Reports on dispensaries and lunatic asylums in the Province of Oudh - 1869-1876
Year: 1869
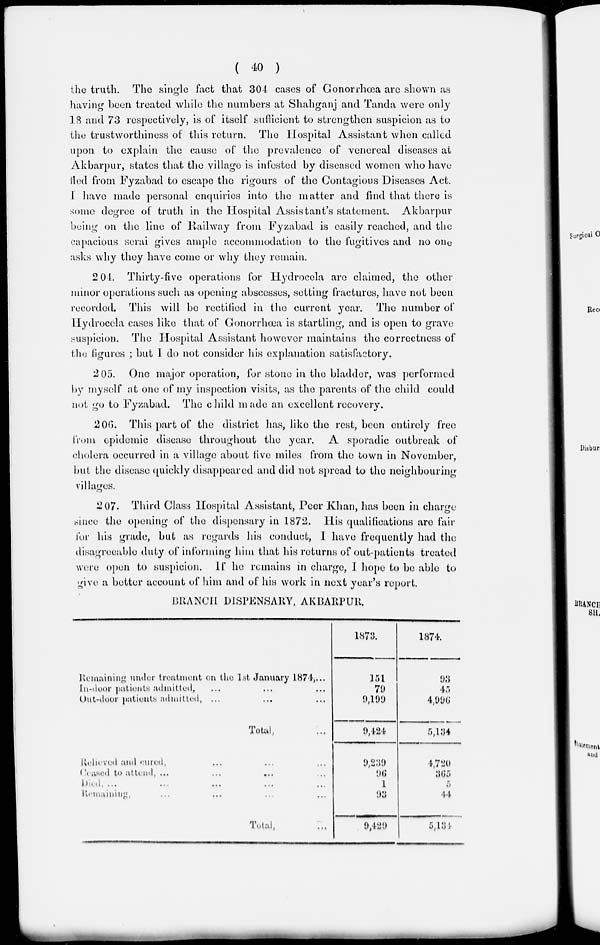
( 40 )
the truth. The single fact that 304 cases of Gonorrhœa are shown as
having been treated while the numbers at Shahganj and Tanda were only
18 and 73 respectively, is of itself sufficient to strengthen suspicion as to
the trustworthiness of this return. The Hospital Assistant when called
upon to explain the cause of the prevalence of venereal diseases at
Akbarpur, states that the village is infested by diseased women who have
fled from Fyzabad to escape the rigours of the Contagious Diseases Act.
I have made personal enquiries into the matter and find that there is
some degree of truth in the Hospital Assistant's statement. Akbarpur
being on the line of Railway from Fyzabad is easily reached, and the
capacious serai gives ample accommodation to the fugitives and no one
asks why they have come or why they remain.
204. Thirty-five operations for Hydrocela are claimed, the other
minor operations such as opening abscesses, setting fractures, have not been
recorded. This will be rectified in the current year. The number of
Hydrocela cases like that of Gonorrhœa is startling, and is open to grave
suspicion. The Hospital Assistant however maintains the correctness of
the figures ; but I do not consider his explanation satisfactory.
205. One major operation, for stone in the bladder, was performed
by myself at one of my inspection visits, as the parents of the child could
not go to Fyzabad. The child made an excellent recovery.
206. This part of the district has, like the rest, been entirely free
from epidemic disease throughout the year. A sporadic outbreak of
cholera occurred in a village about live miles from the town in November,
but the disease quickly disappeared and did not spread to the neighbouring
villages.
207. Third Class Hospital Assistant, Peer Khan, has been in charge
since the opening of the dispensary in 1872. His qualifications are fair
for his grade, but as regards his conduct, I have frequently had the
disagreeable duty of informing him that his returns of out-patients treated
were open to suspicion. If he remains in charge, I hope to be able to
give a better account of him and of his work in next year's report.
BRANCH DISPENSARY, AKBARPUR.
Remaining under treatment on the 1st January 1874,...
In-door patients admitted, ... ... ...
Out-door patients admitted, ... ... ...
Total, ...
Relieved and cured, ... ... ...
Ceased to attend, ... ... ... ...
Died, ... ... ... ... ...
Remaining, ... ... ... ...
Total, ...
1873.
151
79
9,199
9,424
9,239
96
1
93
9,429
1874.
93
45
4,996
5,134
4,720
365
5
44
5,134